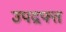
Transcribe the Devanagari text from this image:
उपद्रफ्त